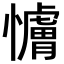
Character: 𫻖